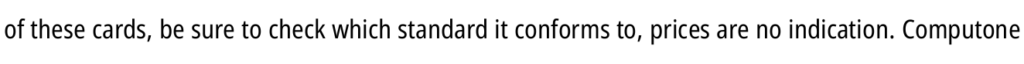
of these cards, be sure to check which standard it conforms to, prices are no indication. Computone